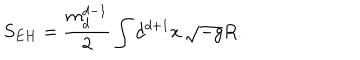
LaTeX: S _ { E H } = \frac { m _ { d } ^ { d - 1 } } { 2 } \int d ^ { d + 1 } x \, \sqrt { - g } R .